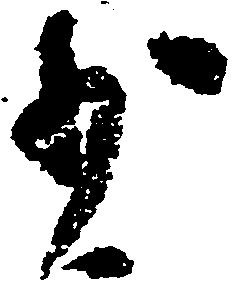
少